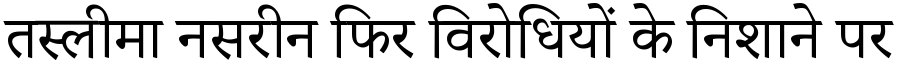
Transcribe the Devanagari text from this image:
तस्लीमा नसरीन फिर विरोधियों के निशाने पर